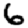
Digit: 6